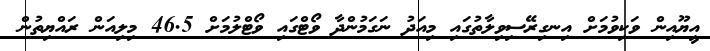
އީޔޫއިން ވަކިވުމަށް އިނގިރޭސިވިލާތުގައި މިއަދު ނަގަމުންދާ ވޯޓްގައި ވޯޓްލުމަށް 46.5 މިލިއަން ރައްޔިތުން